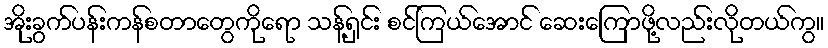
အိုးခွက်ပန်းကန်စတာတွေကိုရော သန့်ရှင်း စင်ကြယ်အောင် ဆေးကြောဖို့လည်းလိုတယ်ကွ။